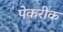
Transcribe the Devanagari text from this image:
पेकरीक